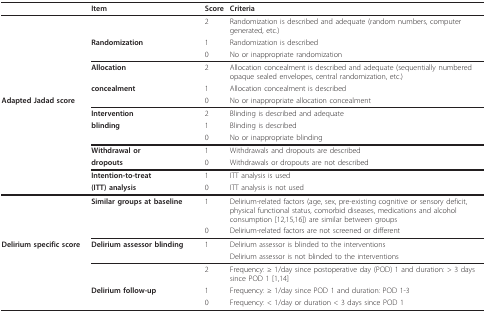
<table><thead><tr><td>[EMPTY_CELL]</td><td><b>Item</b></td><td><b>Score</b></td><td><b>Criteria</b></td></tr></thead><tbody><tr><td>[EMPTY_CELL]</td><td>[EMPTY_CELL]</td><td>2</td><td>Randomization is described and adequate (random numbers, computer generated, etc.)</td></tr><tr><td>[EMPTY_CELL]</td><td><b>Randomization</b></td><td>1</td><td>Randomization is described</td></tr><tr><td>[EMPTY_CELL]</td><td>[EMPTY_CELL]</td><td>0</td><td>No or inappropriate randomization</td></tr><tr><td>[EMPTY_CELL]</td><td><b>Allocation</b></td><td>2</td><td>Allocation concealment is described and adequate (sequentially numbered opaque sealed envelopes, central randomization, etc.)</td></tr><tr><td>[EMPTY_CELL]</td><td><b>concealment</b></td><td>1</td><td>Allocation concealment is described</td></tr><tr><td><b>Adapted Jadad score</b></td><td>[EMPTY_CELL]</td><td>0</td><td>No or inappropriate allocation concealment</td></tr><tr><td>[EMPTY_CELL]</td><td><b>Intervention</b></td><td>2</td><td>Blinding is described and adequate</td></tr><tr><td>[EMPTY_CELL]</td><td><b>blinding</b></td><td>1</td><td>Blinding is described</td></tr><tr><td>[EMPTY_CELL]</td><td>[EMPTY_CELL]</td><td>0</td><td>No or inappropriate blinding</td></tr><tr><td>[EMPTY_CELL]</td><td><b>Withdrawal or</b></td><td>1</td><td>Withdrawals and dropouts are described</td></tr><tr><td>[EMPTY_CELL]</td><td><b>dropouts</b></td><td>0</td><td>Withdrawals or dropouts are not described</td></tr><tr><td>[EMPTY_CELL]</td><td><b>Intention-to-treat</b></td><td>1</td><td>ITT analysis is used</td></tr><tr><td>[EMPTY_CELL]</td><td><b>(ITT) analysis</b></td><td>0</td><td>ITT analysis is not used</td></tr><tr><td>[EMPTY_CELL]</td><td><b>Similar groups at baseline</b></td><td>1</td><td>Delirium-related factors (age, sex, pre-existing cognitive or sensory deficit, physical functional status, comorbid diseases, medications and alcohol consumption [12,15,16]) are similar between groups</td></tr><tr><td>[EMPTY_CELL]</td><td>[EMPTY_CELL]</td><td>0</td><td>Delirium-related factors are not screened or different</td></tr><tr><td><b>Delirium specific score</b></td><td><b>Delirium assessor blinding</b></td><td>1</td><td>Delirium assessor is blinded to the interventions</td></tr><tr><td>[EMPTY_CELL]</td><td>[EMPTY_CELL]</td><td>[EMPTY_CELL]</td><td>Delirium assessor is not blinded to the interventions</td></tr><tr><td>[EMPTY_CELL]</td><td>[EMPTY_CELL]</td><td>2</td><td>Frequency: ≥ 1/day since postoperative day (POD) 1 and duration: &gt; 3 days since POD 1 [1,14]</td></tr><tr><td>[EMPTY_CELL]</td><td><b>Delirium follow-up</b></td><td>1</td><td>Frequency: ≥ 1/day since POD 1 and duration: POD 1-3</td></tr><tr><td>[EMPTY_CELL]</td><td>[EMPTY_CELL]</td><td>0</td><td>Frequency: &lt; 1/day or duration &lt; 3 days since POD 1</td></tr></tbody></table>